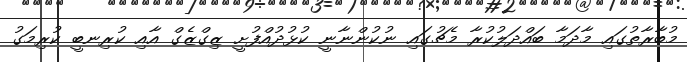
މުބާރާތުގައި މާދަމާ ބައްދަލުކުރާ މެޗުގައި ނުކުންނާނީ ކުޅުދުއްފުށީ ޒިގްޒެގް އާއި ކުރިނބީ ކުރިމަގު